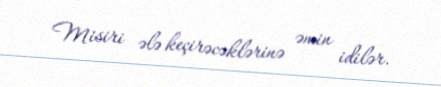
Misiri ələ keçirəcəklərinə əmin idilər.